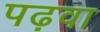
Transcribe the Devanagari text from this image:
पढ़वा